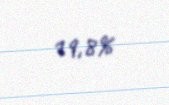
19,8%